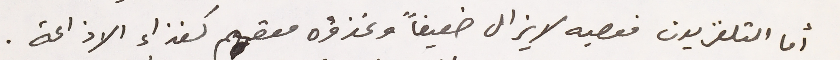
أما التلفزيون فعصبه لا يزال ضعيفاً وغذؤه معقم كغذاء الاذاعة.